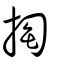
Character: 掏